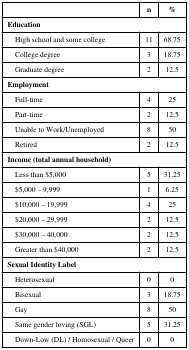
<table><thead><tr><td></td><td><b>n</b></td><td><b>%</b></td></tr></thead><tbody><tr><td colspan="3"><b>Education</b></td></tr><tr><td> High school and some college</td><td>11</td><td>68.75</td></tr><tr><td> College degree</td><td>3</td><td>18.75</td></tr><tr><td> Graduate degree</td><td>2</td><td>12.5</td></tr><tr><td colspan="3"><b>Employment</b></td></tr><tr><td> Full-time</td><td>4</td><td>25</td></tr><tr><td> Part-time</td><td>2</td><td>12.5</td></tr><tr><td> Unable to Work/Unemployed</td><td>8</td><td>50</td></tr><tr><td> Retired</td><td>2</td><td>12.5</td></tr><tr><td colspan="3"><b>Income (total annual household)</b></td></tr><tr><td> Less than $5,000</td><td>5</td><td>31.25</td></tr><tr><td> $5,000 – 9,999</td><td>1</td><td>6.25</td></tr><tr><td> $10,000 – 19,999</td><td>4</td><td>25</td></tr><tr><td> $20,000 – 29,999</td><td>2</td><td>12.5</td></tr><tr><td> $30,000 – 40,000</td><td>2</td><td>12.5</td></tr><tr><td> Greater than $40,000</td><td>2</td><td>12.5</td></tr><tr><td colspan="3"><b>Sexual Identity Label</b></td></tr><tr><td> Heterosexual</td><td>0</td><td>0</td></tr><tr><td> Bisexual</td><td>3</td><td>18.75</td></tr><tr><td> Gay</td><td>8</td><td>50</td></tr><tr><td> Same gender loving (SGL)</td><td>5</td><td>31.25</td></tr><tr><td> Down-Low (DL) / Homosexual / Queer</td><td>0</td><td>0</td></tr></tbody></table>